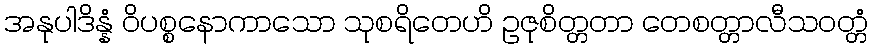
အနုပါဒိန္နံ ဝိပစ္စနောကာသော သုစရိတေဟိ ဥဇုစိတ္တတာ တေစတ္တာလီသဝတ္တံ